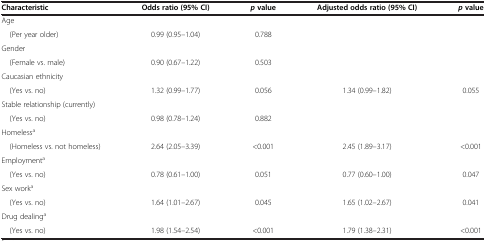
| Characteristic | Odds ratio (95% CI) | p value | Adjusted odds ratio (95% CI) | p value |
 | --- | --- | --- | --- | --- |
 | Age |  |  |  |  |
 | (Per year older) | 0.99 (0.95–1.04) | 0.788 |  |  |
 | Gender |  |  |  |  |
 | (Female vs. male) | 0.90 (0.67–1.22) | 0.503 |  |  |
 | Caucasian ethnicity |  |  |  |  |
 | (Yes vs. no) | 1.32 (0.99–1.77) | 0.056 | 1.34 (0.99–1.82) | 0.055 |
 | Stable relationship (currently) |  |  |  |  |
 | (Yes vs. no) | 0.98 (0.78–1.24) | 0.882 |  |  |
 | Homelessa |  |  |  |  |
 | (Homeless vs. not homeless) | 2.64 (2.05–3.39) | <0.001 | 2.45 (1.89–3.17) | <0.001 |
 | Employmenta |  |  |  |  |
 | (Yes vs. no) | 0.78 (0.61–1.00) | 0.051 | 0.77 (0.60–1.00) | 0.047 |
 | Sex worka |  |  |  |  |
 | (Yes vs. no) | 1.64 (1.01–2.67) | 0.045 | 1.65 (1.02–2.67) | 0.041 |
 | Drug dealinga |  |  |  |  |
 | (Yes vs. no) | 1.98 (1.54–2.54) | <0.001 | 1.79 (1.38–2.31) | <0.001 |